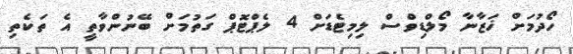
ހޯދުމަށް ޚަޒާނާ މޯލްޑިވްސް ލިމިޓެޑަށް 4 ލެޕްޓޮޕް ގަތުމަށް ބޭނުންވާތީ އެ ތަކެތި